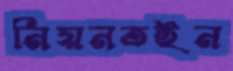
নিয়নতইন